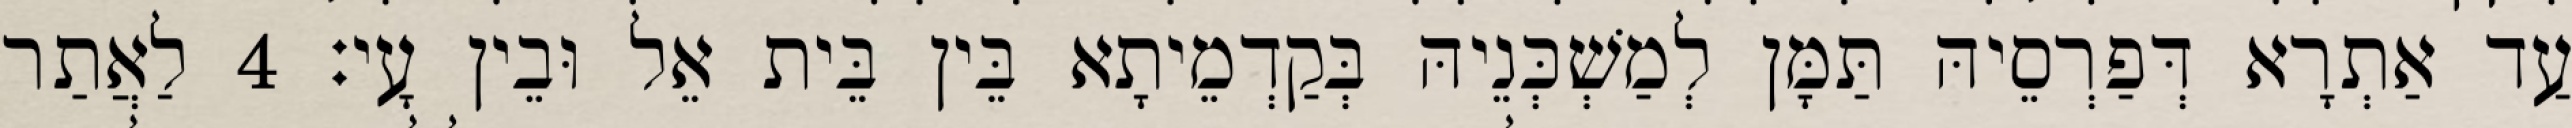
עַד אַתְרָא דְּפַרְסֵיהּ תַּמָּן לְמַשְׁכְּנֵיהּ בְּקַדְמֵיתָא בֵּין בֵּית אֵל וּבֵין עָי׃ 4 לַאֲתַר